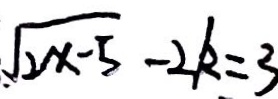
\sqrt { 2 x - 5 } - 2 k = 3